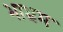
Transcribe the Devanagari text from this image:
भाभ्रम